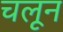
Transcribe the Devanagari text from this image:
चलून